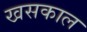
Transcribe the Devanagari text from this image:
खसकाल